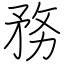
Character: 務